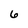
Character: 6